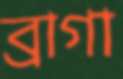
ব্রাগা